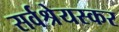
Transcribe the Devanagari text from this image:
सर्वश्रेयस्कर